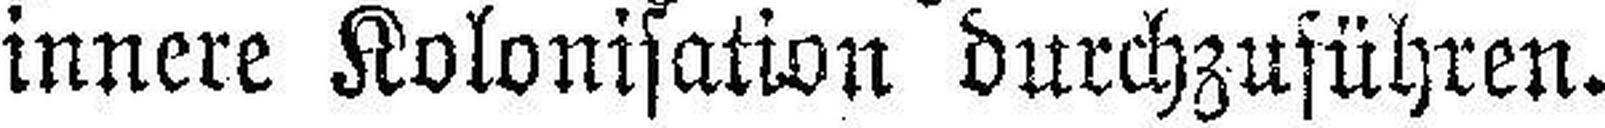
innere Kolonisation durchzuführen.